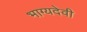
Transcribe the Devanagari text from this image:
भाग्यदेवी